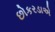
છોકરડાએ